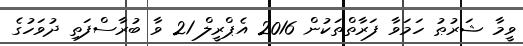
ވީމާ ޝަރުޠު ހަމަވާ ފަރާތްތަކުން 2016 އެޕްރީލް 21 ވާ ބުރާސްފަތި ދުވަހުގެ